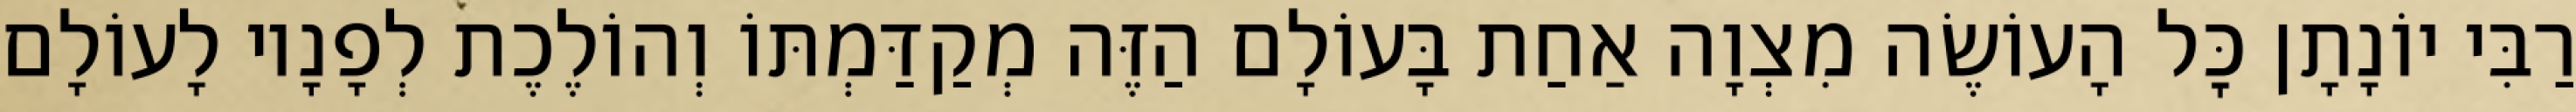
רַבִּי יוֹנָתָן כׇּל הָעוֹשֶׂה מִצְוָה אַחַת בָּעוֹלָם הַזֶּה מְקַדַּמְתּוֹ וְהוֹלֶכֶת לְפָנָיו לָעוֹלָם